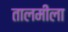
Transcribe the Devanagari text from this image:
तालमीला